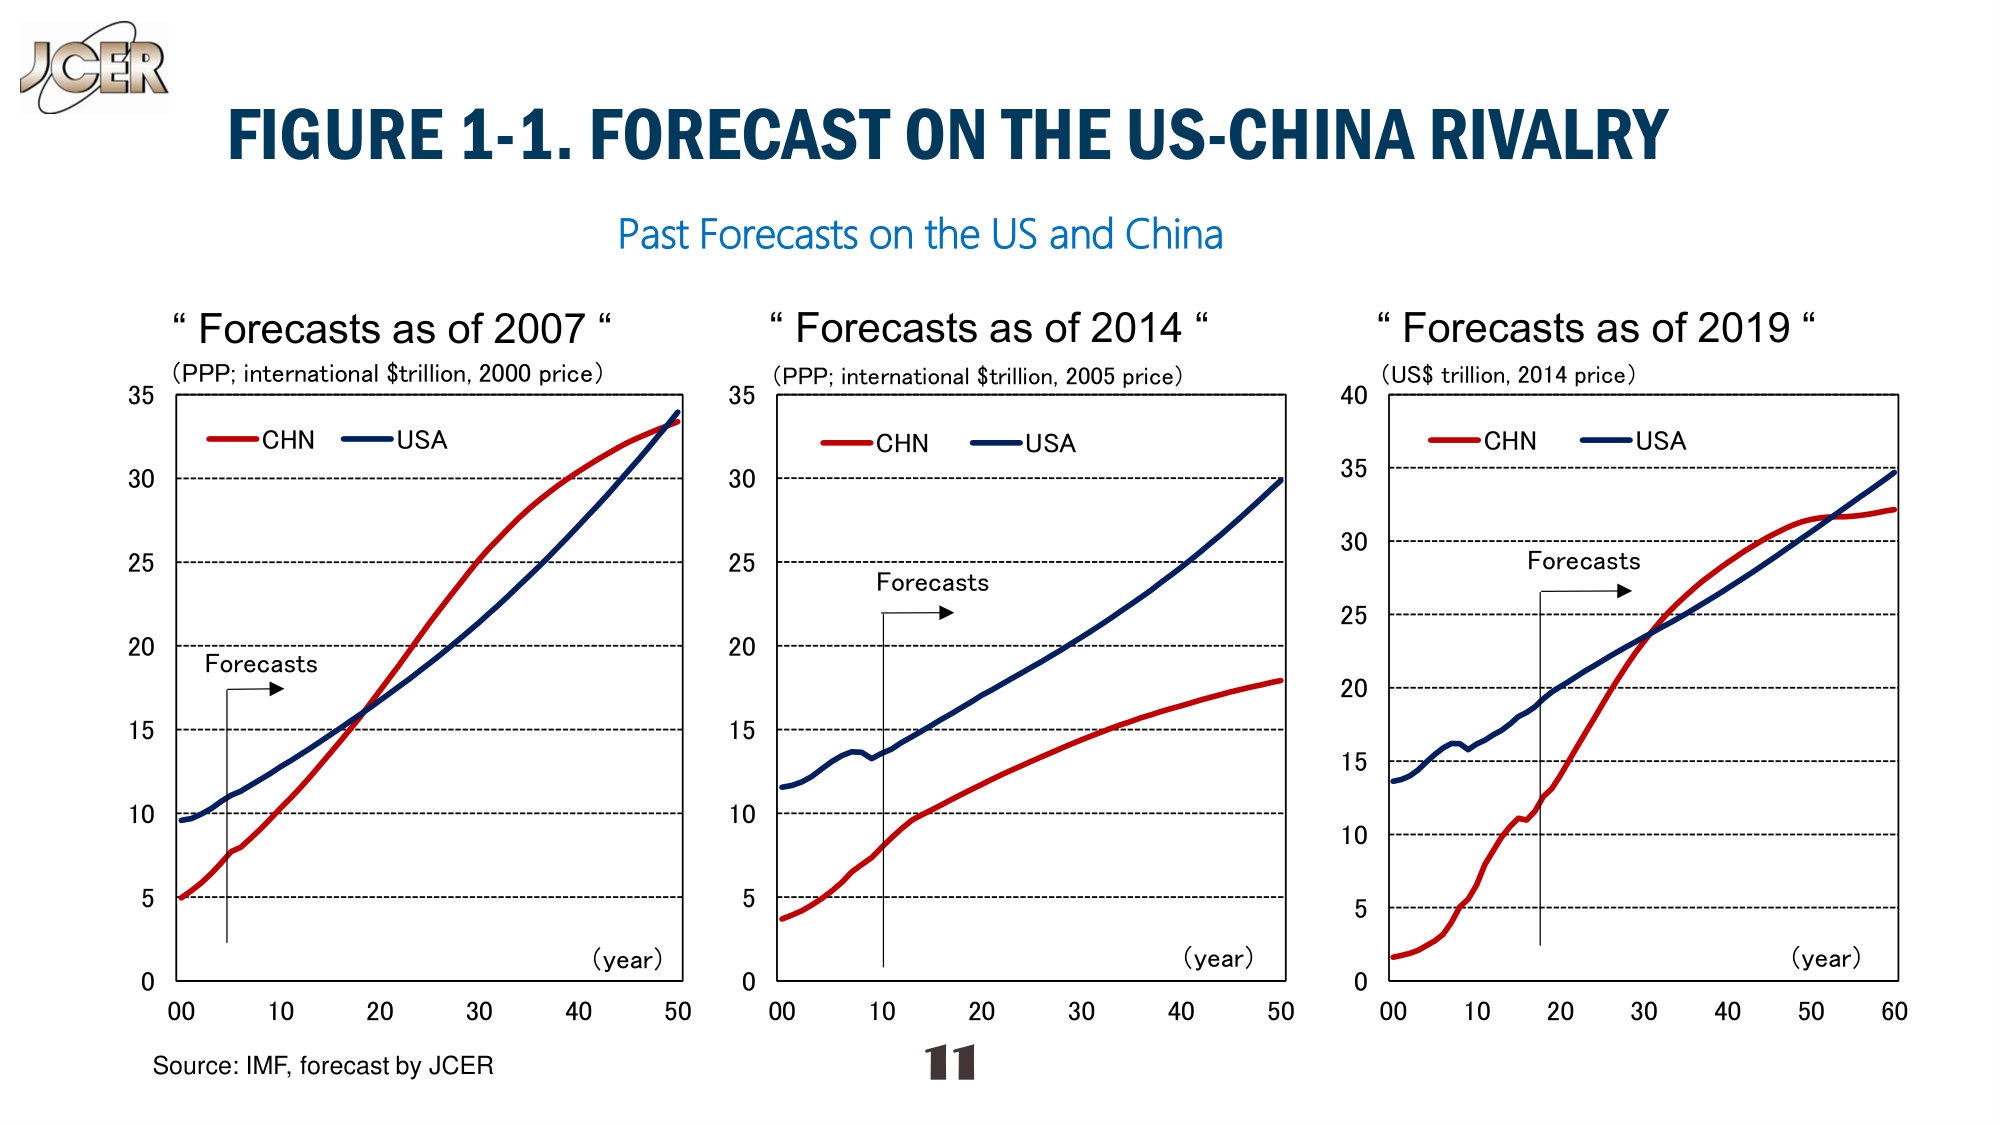
JCE R
FIGURE 1-1. FORECAST ON THE US-CHINA RIVALRY
Past Forecasts on the US and China
“ Forecasts as of 2007 “
(PPP; international $trillion, 2000 price)
CHN USA
Forecasts
(year)
00 10 20 30 40 50
Source: IMF, forecast by JCE R
“ Forecasts as of 2014 “
(PPP; international $trillion, 2005 price)
CHN USA
Forecasts
(year)
00 10 20 30 40 50
“ Forecasts as of 2019 “
(US$ trillion, 2014 price)
CHN USA
Forecasts
(year)
00 10 20 30 40 50 60
11